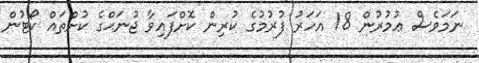
ނަމަވެސް ޢުމުރުން 18 އަހަރު ފުރުމުގެ ކުރިން ކޮށްފައިވާ ޖުނަޙްގެ ކުށްތައް ކޯޓުން